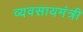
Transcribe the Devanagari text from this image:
व्यवसायमंत्री